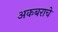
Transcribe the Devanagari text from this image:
अकबराचे